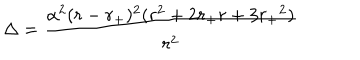
\Delta = \frac { \alpha ^ { 2 } ( r - { r _ { + } } ) ^ { 2 } ( r ^ { 2 } + 2 r _ { + } r + 3 { r _ { + } } ^ { 2 } ) } { r ^ { 2 } }